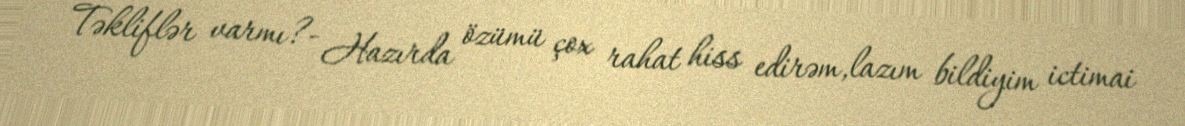
Təkliflər varmı?- Hazırda özümü çox rahat hiss edirəm,lazım bildiyim ictimai